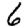
Digit: 6